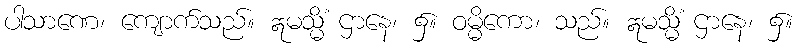
ပါသာဏေ၊ ကျောက်သည်။ ဣမသ္မိံ ဌာနေ၊ ၌။ ဝမ္မိကော၊ သည်။ ဣမသ္မိံ ဌာနေ၊ ၌။